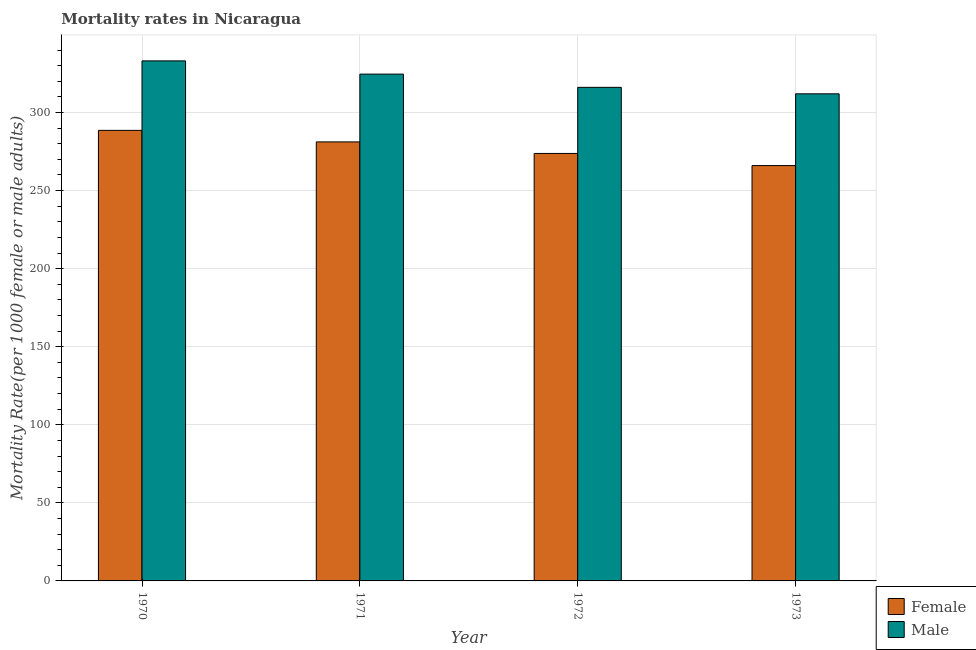
| Year | Female | Male |
 | --- | --- | --- |
 | 1970 | 289 | 333 |
 | 1971 | 281 | 325 |
 | 1972 | 274 | 316 |
 | 1973 | 266 | 312 |